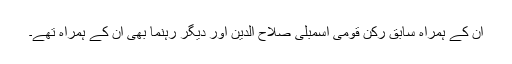
ان کے ہمراہ سابق رُکن قومی اسمبلی صلاح الدین اور دیگر رہنما بھی اُن کے ہمراہ تھے۔